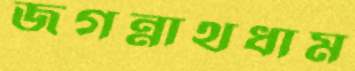
জগন্নাথধাম